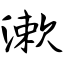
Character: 漱